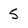
Character: 5